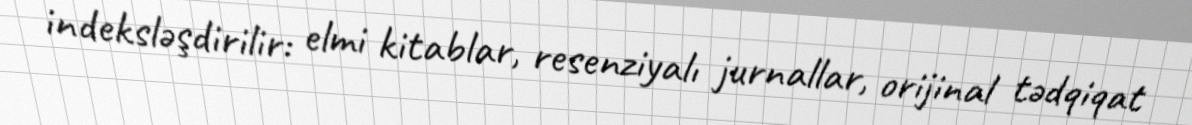
indeksləşdirilir: elmi kitablar, resenziyalı jurnallar, orijinal tədqiqat